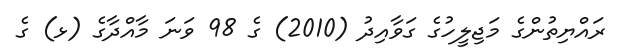
ރައްޔިތުންގެ މަޖިލީހުގެ ގަވާއިދު (2010) ގެ 98 ވަނަ މާއްދާގެ (ޅ) ގެ